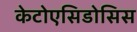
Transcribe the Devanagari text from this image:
केटोएसिडोसिस